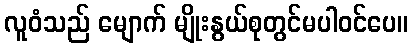
လူဝံသည် မျောက် မျိုးနွယ်စုတွင်မပါဝင်ပေ။